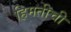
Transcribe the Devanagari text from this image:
हिमतीची